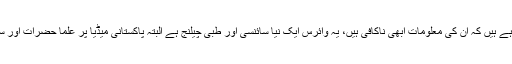
کرونا کے بارے میں دنیا کے بہترین سائنس دان بھی یہ کہہ رہے ہیں کہ ان کی معلومات ابھی ناکافی ہیں، یہ وائرس ایک نیا سائنسی اور طبی چیلنج ہے البتہ پاکستانی میڈیا پر علما حضرات اور ستارہ شناسوں کی مدد سے کرونا پر بیانیہ تشکیل دیا جا رہا تھا۔